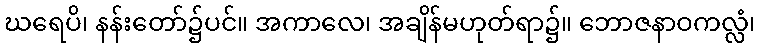
ဃရေပိ၊ နန်းတော်၌ပင်။ အကာလေ၊ အချိန်မဟုတ်ရာ၌။ ဘောဇနာဝကလ္လံ၊